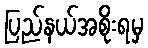
ပြည်နယ်အစိုးရမှ